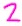
Text: 2